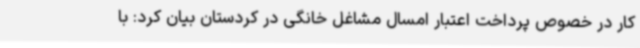
کار در خصوص پرداخت اعتبار امسال مشاغل خانگی در کردستان بیان کرد: با